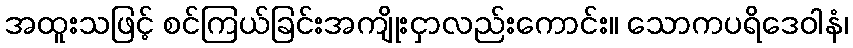
အထူးသဖြင့် စင်ကြယ်ခြင်းအကျိုးငှာလည်းကောင်း။ သောကပရိဒေဝါနံ၊